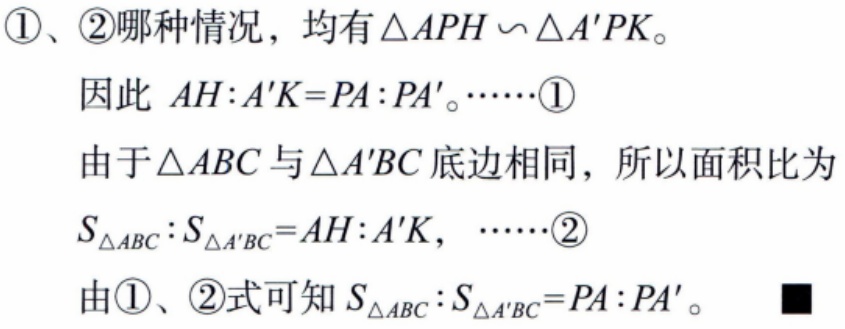
\textcircled{1}、\textcircled{2}哪种情况，均有\(\triangle APH\sim\triangle A'PK\)。
因此 \(AH:A'K = PA:PA'\)。……\textcircled{1}
由于\(\triangle ABC\)与\(\triangle A'BC\)底边相同，所以面积比为
\(S_{\triangle ABC}:S_{\triangle A'BC}=AH:A'K\)， ……\textcircled{2}
由\textcircled{1}、\textcircled{2}式可知\(S_{\triangle ABC}:S_{\triangle A'BC}=PA:PA'\)。■